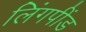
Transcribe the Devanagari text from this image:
लिंगपींड